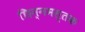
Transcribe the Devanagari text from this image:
छिन्नमस्तक